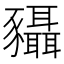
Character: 䝕